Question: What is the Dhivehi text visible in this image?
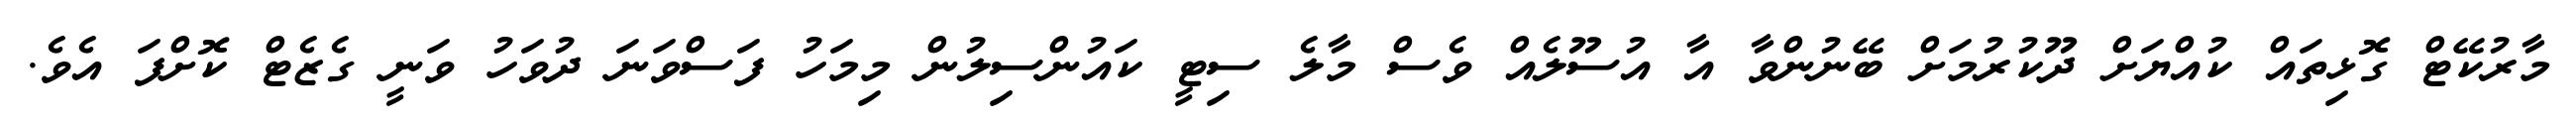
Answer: މާރުކޭޓް ގޮޅިތައް ކުއްޔަށް ދޫކުރުމަށް ބޭނުންވާ އާ އުސޫލެއް ވެސް މާލެ ސިޓީ ކައުންސިލުން މިމަހު ފަސްވަނަ ދުވަހު ވަނީ ގެޒެޓް ކޮށްފަ އެވެ.